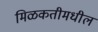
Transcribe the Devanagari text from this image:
मिळकतीमधील